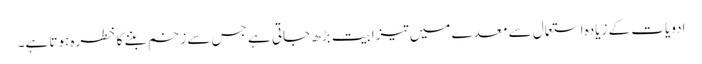
ادویات کے زیادہ استعمال سے معدے میں تیزابیت بڑھ جاتی ہے جس سے زخم بننے کا خطرہ ہوتا ہے۔